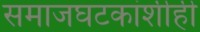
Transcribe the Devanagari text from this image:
समाजघटकांशीही